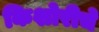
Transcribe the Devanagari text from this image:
किशोरीचे